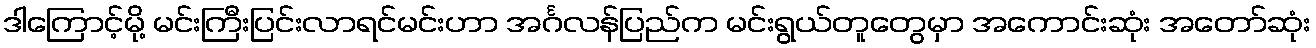
ဒါကြောင့်မို့ မင်းကြီးပြင်းလာရင်မင်းဟာ အင်္ဂလန်ပြည်က မင်းရွယ်တူတွေမှာ အကောင်းဆုံး အတော်ဆုံး